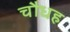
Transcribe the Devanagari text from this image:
चौधह